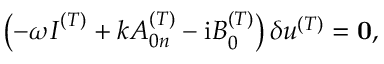
\left( - \omega \boldsymbol { I } ^ { ( T ) } + k \boldsymbol { A } _ { 0 n } ^ { ( T ) } - { \mathrm { i } } \boldsymbol { B } _ { 0 } ^ { ( T ) } \right) \delta \boldsymbol { u } ^ { ( T ) } = { \bf { 0 } } ,